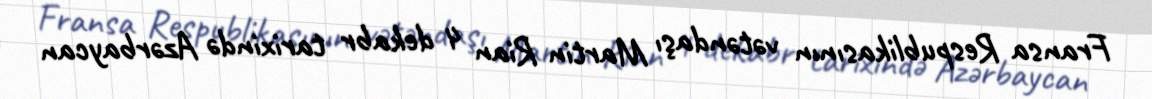
Fransa Respublikasının vətəndaşı Martin Rian 4 dekabr tarixində Azərbaycan